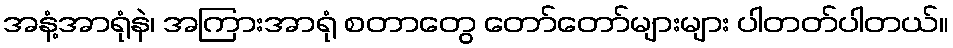
အနံ့အာရုံနဲ၊ အကြားအာရုံ စတာတွေ တော်တော်များများ ပါတတ်ပါတယ်။